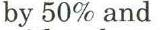
by 50% and